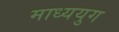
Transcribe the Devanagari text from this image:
माध्ययुग